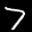
Label: 7